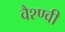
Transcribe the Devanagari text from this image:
वैश्ण्वी